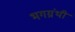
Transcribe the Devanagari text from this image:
भगग्रंथी